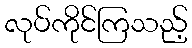
လုပ်ကိုင်ကြသည့်